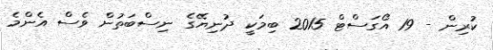
ކުރިން - 19 އޯގަސްޓް 2015 ބިމަކީ ދުނިޔޭގެ ނިސްބަތުން ވެސް އެންމެ